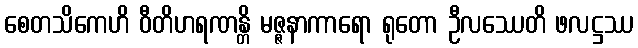
စေတသိကေဟိ ဝီတိဟရဏန္တိ မဇ္ဇနာကာရော ရုတော ဦလဿေတိ ဖလဋ္ဌဿ